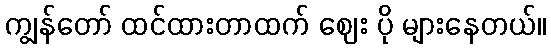
ကျွန်တော် ထင်ထားတာထက် ဈေး ပို များနေတယ်။